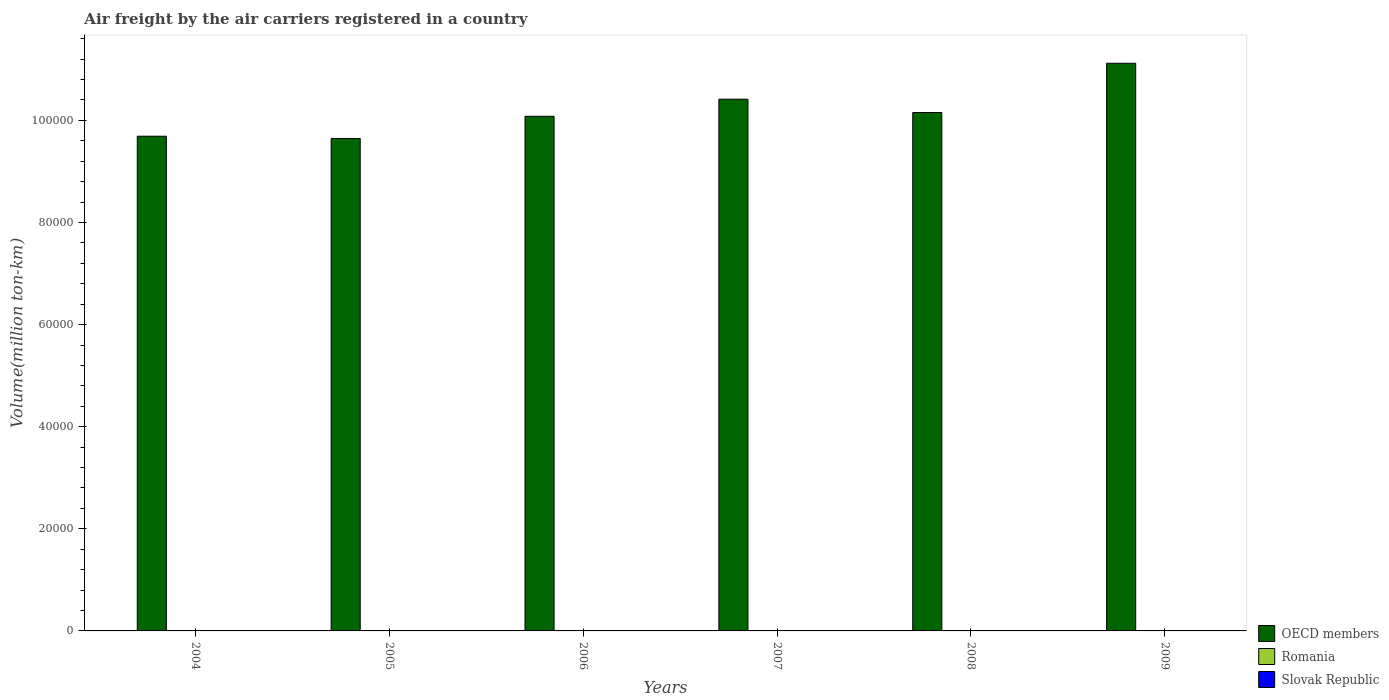
| Years | OECD members | Romania | Slovak Republic |
 | --- | --- | --- | --- |
 | 2004 | 9.69e+04 | 4.88 | 0.504 |
 | 2005 | 9.65e+04 | 5.16 | 0.317 |
 | 2006 | 1.01e+05 | 4.98 | 0.302 |
 | 2007 | 1.04e+05 | 5.68 | 45.5 |
 | 2008 | 1.02e+05 | 6.42 | 45.9 |
 | 2009 | 1.11e+05 | 3.99 | 0.225 |